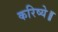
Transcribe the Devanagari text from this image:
करिष्ये॥